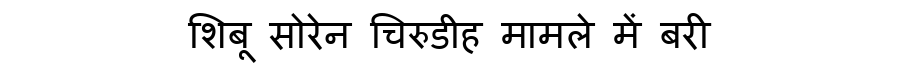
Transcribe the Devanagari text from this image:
शिबू सोरेन चिरुडीह मामले में बरी